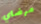
مرضاي